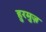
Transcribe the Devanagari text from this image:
हुरमुज़